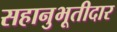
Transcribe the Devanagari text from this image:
सहानुभूतीदार